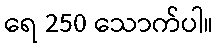
ရေ 250 သောက်ပါ။